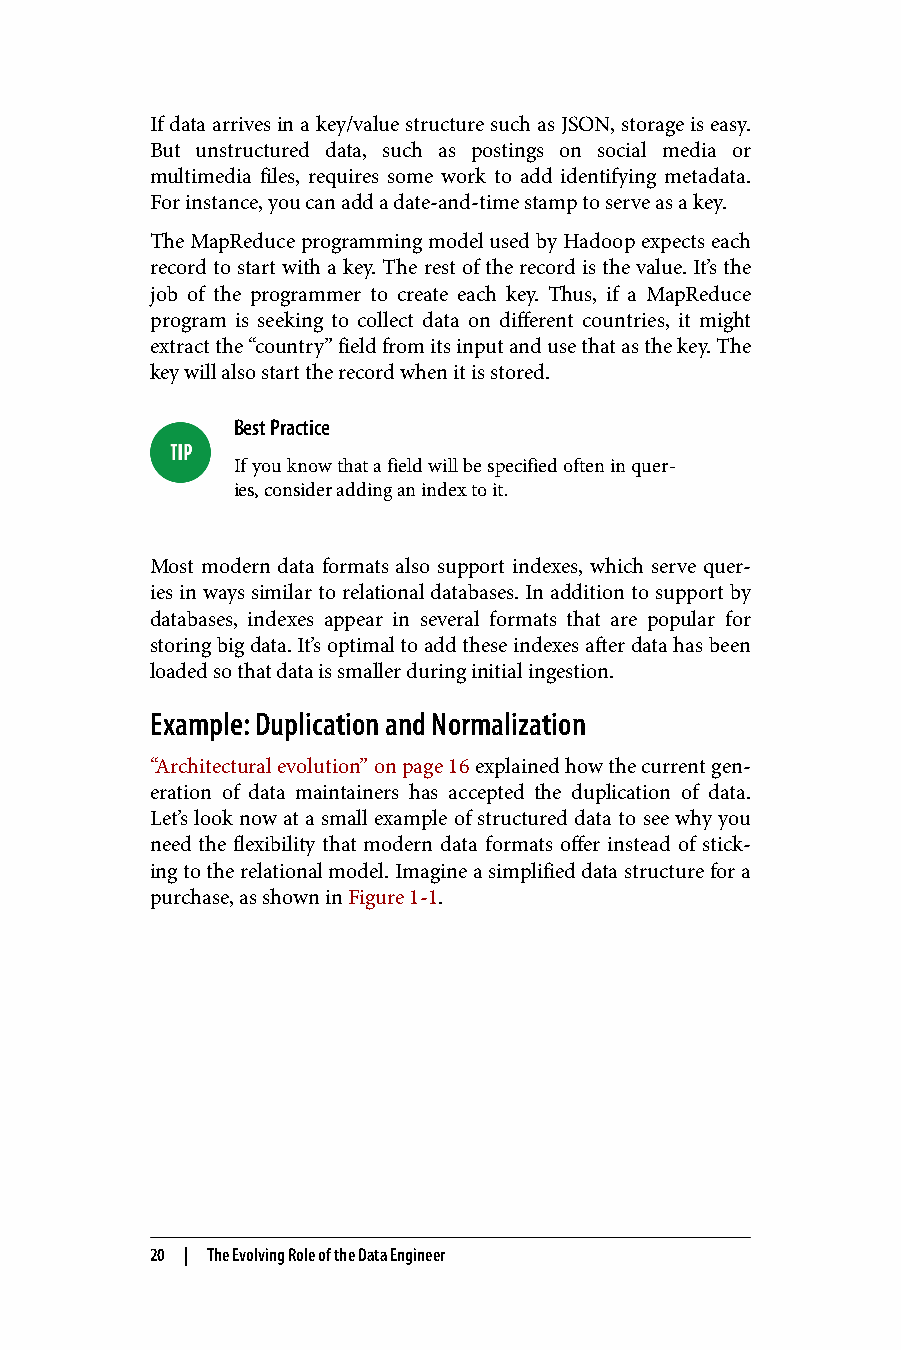
If data arrives in a key/value structure such as JSON, storage is easy.
 But unstructured data, such as postings on social media or
 multimedia files, requires some work to add identifying metadata.
 For instance, you can add a date-and-time stamp to serve as a key.
 The MapReduce programming model used by Hadoop expects each
 record to start with a key. The rest of the record is the value. It’s the
 job of the programmer to create each key. Thus, if a MapReduce
 program is seeking to collect data on different countries, it might
 extract the “country” field from its input and use that as the key. The
 key will also start the record when it is stored.
 Best Practice
 If you know that a field will be specified often in quer‐
 ies, consider adding an index to it.
 Most modern data formats also support indexes, which serve quer‐
 ies in ways similar to relational databases. In addition to support by
 databases, indexes appear in several formats that are popular for
 storing big data. It’s optimal to add these indexes after data has been
 loaded so that data is smaller during initial ingestion.
 Example: Duplication and Normalization
 “Architectural evolution” on page 16 explained how the current gen‐
 eration of data maintainers has accepted the duplication of data.
 Let’s look now at a small example of structured data to see why you
 need the flexibility that modern data formats offer instead of stick‐
 ing to the relational model. Imagine a simplified data structure for a
 purchase, as shown in Figure 1-1.
 20 | The Evolving Role of the Data Engineer